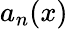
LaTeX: a_{n}(x)